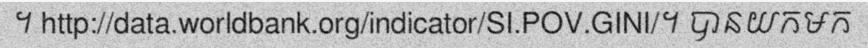
។ http://data.worldbank.org/indicator/SI.POV.GINI/។ បានយកមក